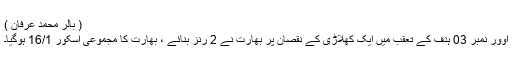
( بالر محمد عرفان )
اوور نمبر 03 ہدف کے تعقب میں ایک کھلاڑی کے نقصان پر بھارت نے 2 رنز بنائے ، بھارت کا مجموعی اسکور 16/1 ہوگیا۔